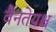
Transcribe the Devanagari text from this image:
वैनतेयश्च